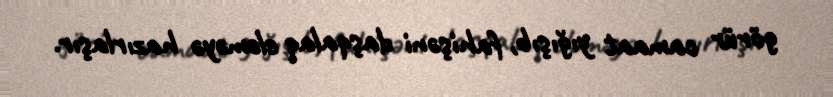
görür camaat yığışıb, fahişəni daşqalaq eləməyə hazırlaşır.